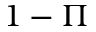
1 - \Pi